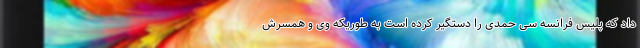
داد که پلیس فرانسه سی حمدی را دستگیر کرده است به طوریکه وی و همسرش